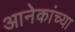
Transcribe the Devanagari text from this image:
आनेकांच्या